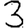
Digit: 3